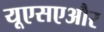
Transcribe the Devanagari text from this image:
यूएसएऔर